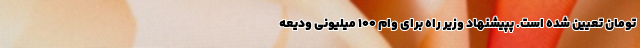
تومان تعیین شده است. پپیشنهاد وزیر راه برای وام ۱۰۰ میلیونی ودیعه